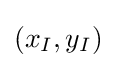
\left(x_{I},y_{I}\right)